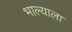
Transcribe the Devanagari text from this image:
भाल्याला